Bréfritari: Sigríður Pálsdóttir
Viðtakandi: Páll Pálsson
Dagsetning: A-1870-xx-xx
Skrifað á: Breiðabólsstað  Rang.
Páll var bróðir Sigríðar

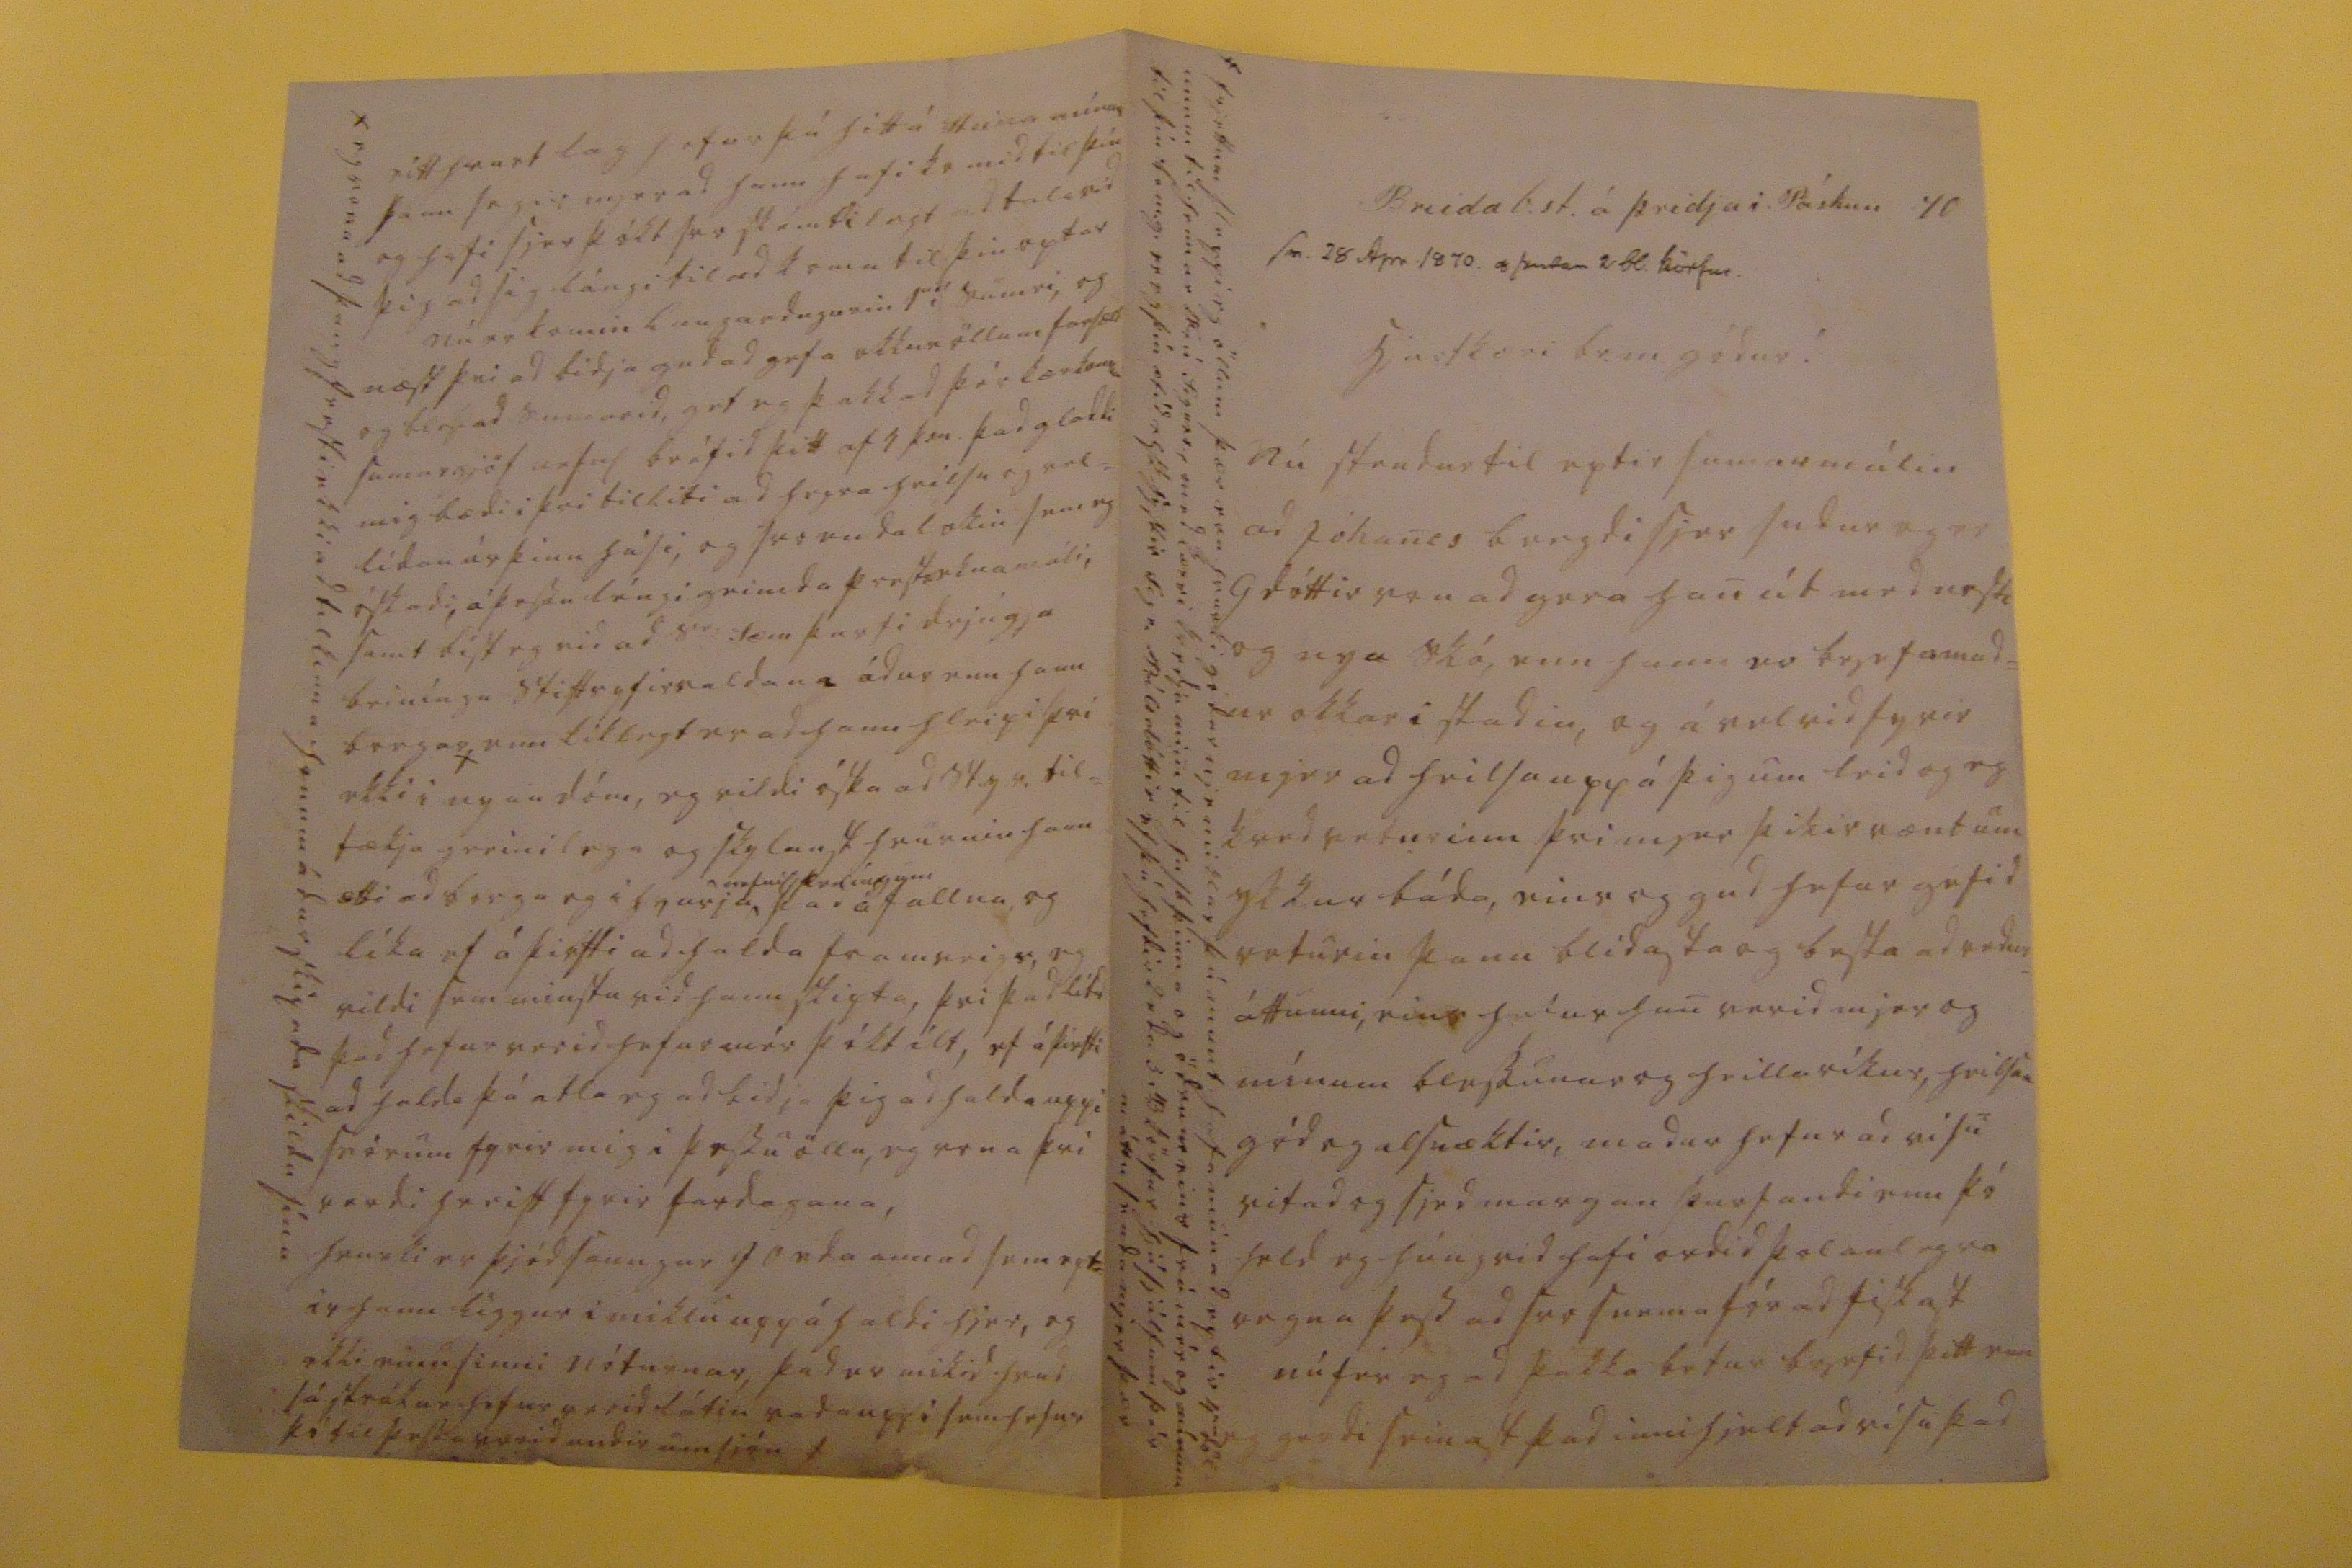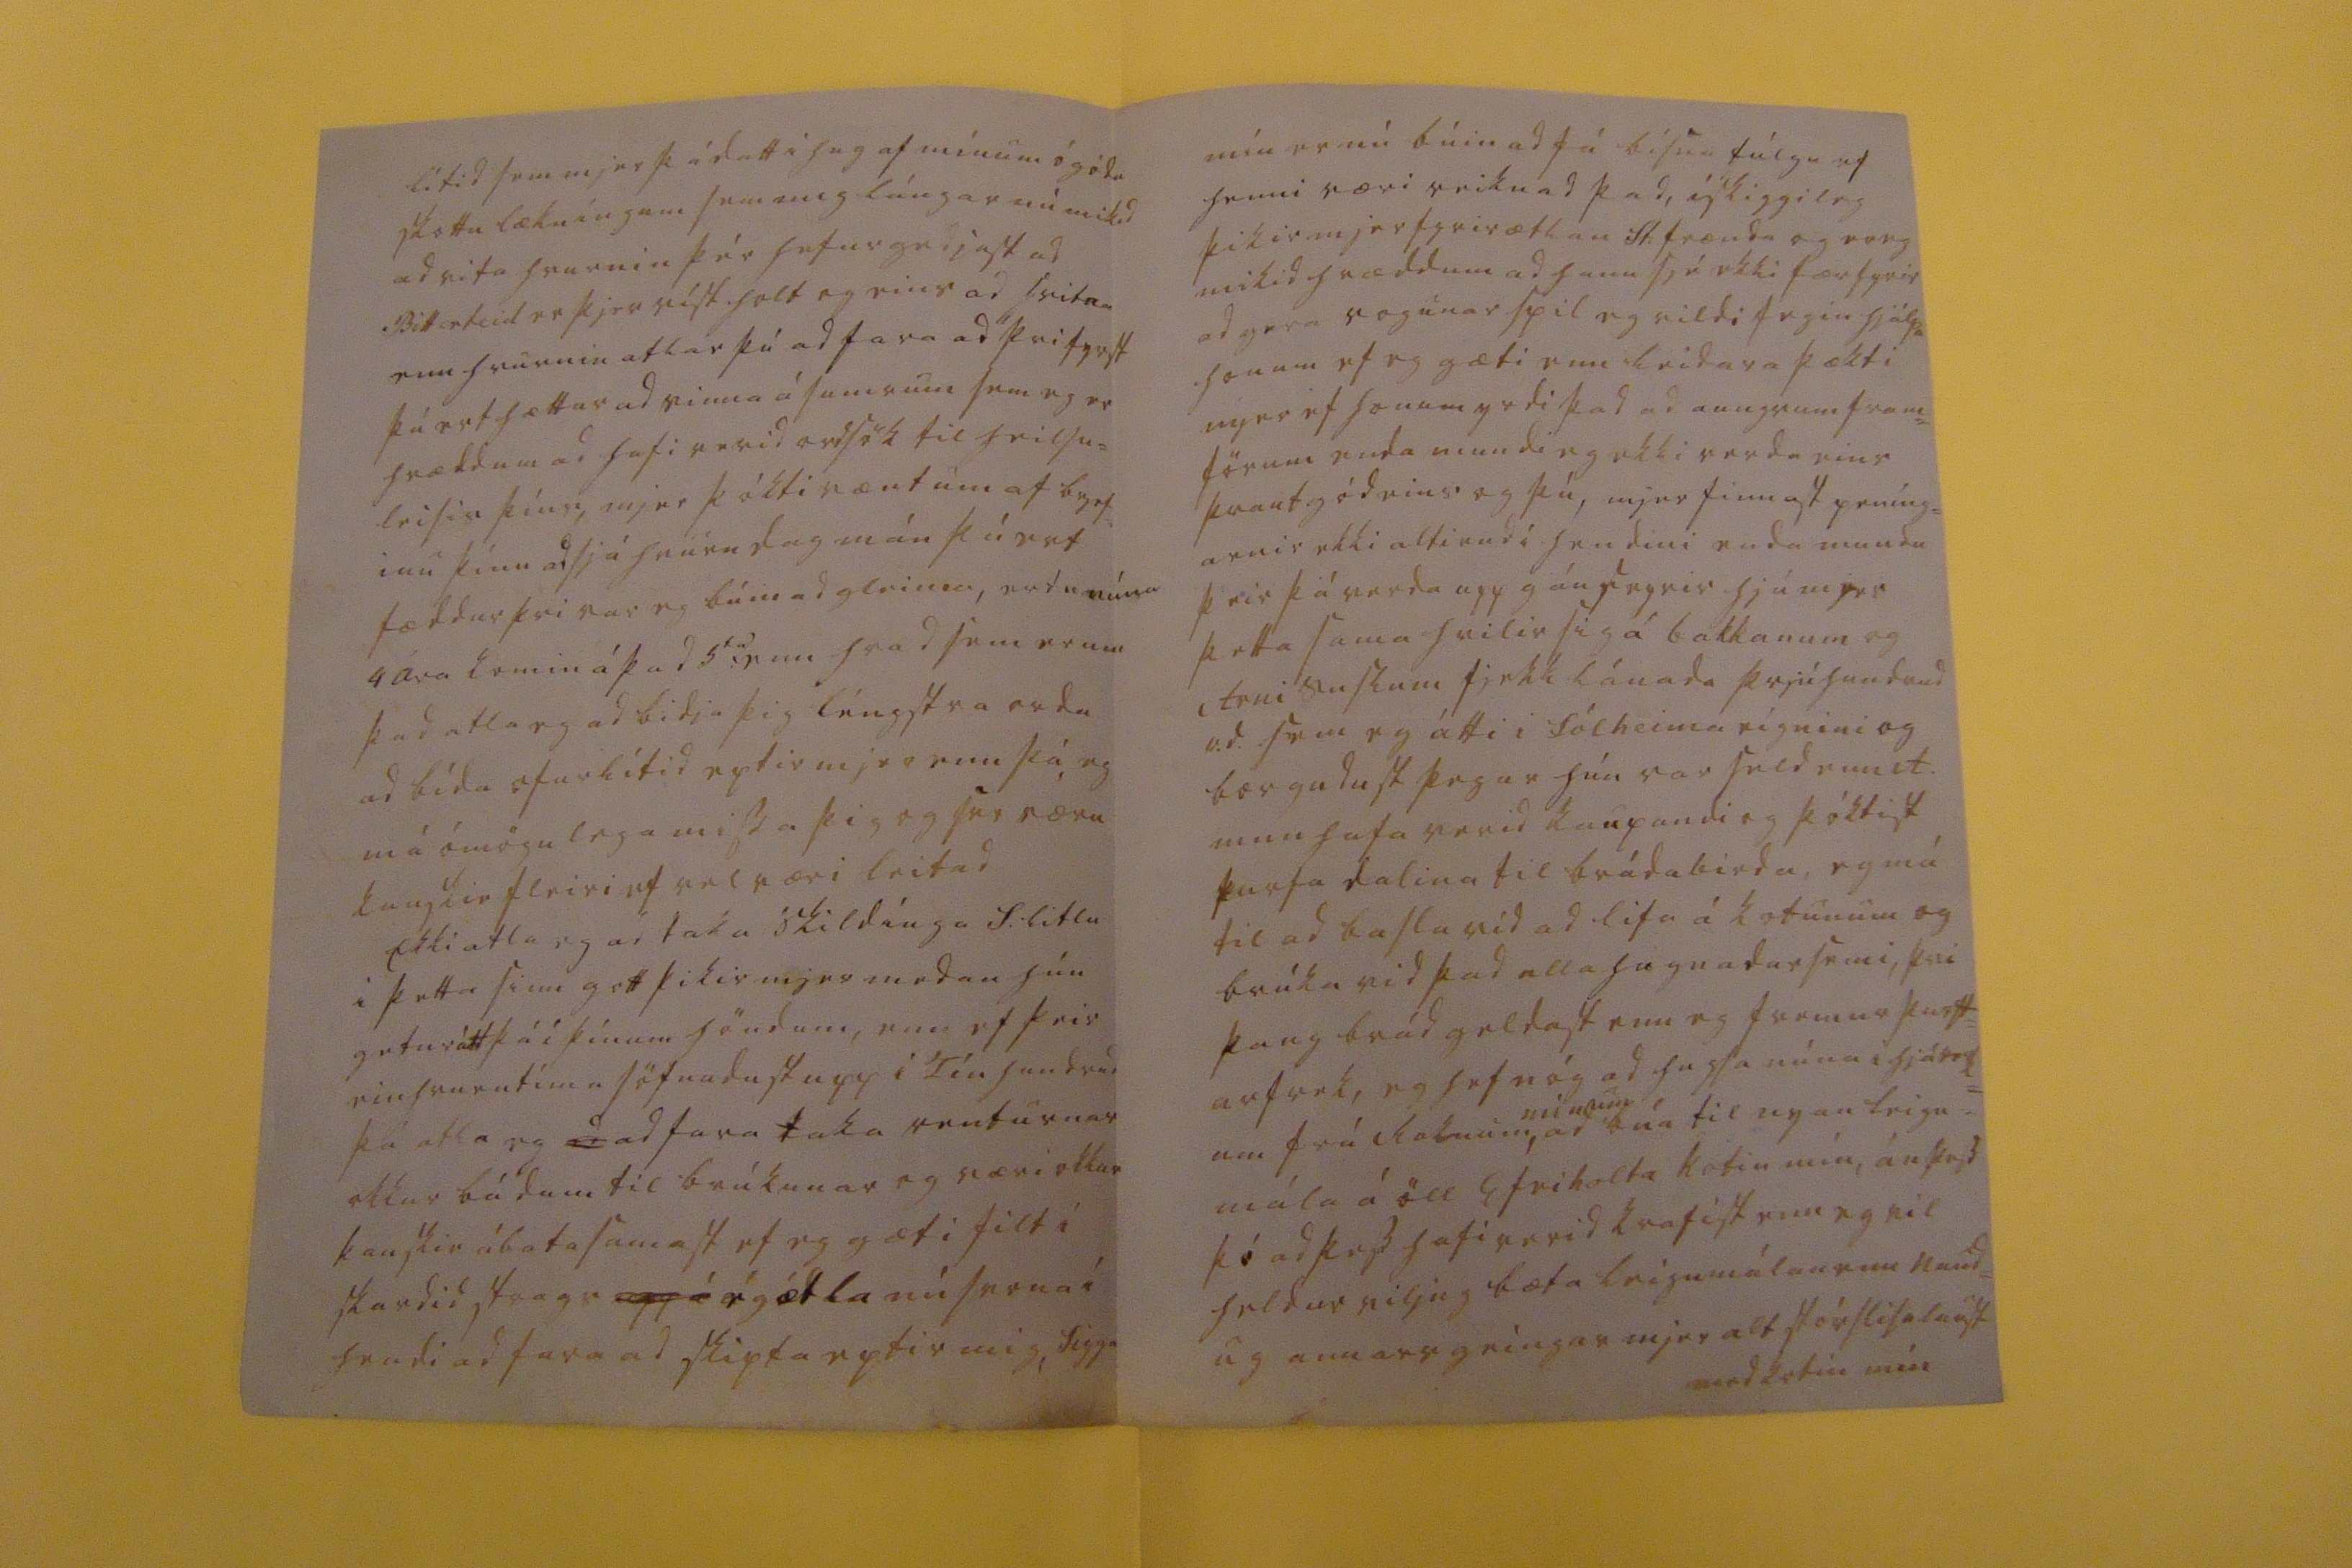

Breidab.st. á þridja i Páskum 70
sv. 28 Apr 1870 og sendar 2 bl. körfur
hjartkæri br. m. gódur!
Nú stendur til eptir sumarmálin ad Jóhanes bregdi sjer sudur og er G dóttir von ad gera han út med nesti og nya skó, enn hann er brjefamad= ur okkar i stadin, og á vel vid fyrir mjer ad heilsa upp á þig um leid og eg kved veturinn þvi mjer þikir vænt um ykkur báda, eins og gud hefur gefid veturin þann blídasta og besta ad vedur= áttunni, eins hefur han verid mjer og mínum blessunar og heilla ríkur, heilsan gód og alsnæktir, madur hefur ad vísu vitad og sjed margan þurfandi enn þó held eg húngrid hafi ordid þolanlegra vegna þess ad svo snema fór ad fiskast nú fer eg ad þakka betur brjefid þitt enn eg gerdi seinast þad innihjelt ad vísu þad
/ frjettum sleppi eg öllum þær eru hvurki gódar nje miklar þú munt hafa munad eptir 4um döl unum til hennar frú Sigurs, med kærri kvedju mini til husb þinna og ödrum eins frá mér og mínum til þín br m.g. er eg þín ætíd elsk systir Sigr. Pálsdóttir ef þú hefdir 2 eda 3 B körfur hjá sjálfum þér máttu senda mjer þær
lítid sem mjer þá datt i huga af mínum ógódu skottu lækníngum sem mig lángar nú mikid ad vita hvurnin þér hefur gedjast ad Bitterteid er þjer víst holt og eins ad svitna enn hvurnin atlar þú ad fara ad þvi fyrst þú ert hættur ad vinna á sumrum sem eg er hrædd um ad hafi verid ordsök til heilsu= leisis þíns, mjer þókti vænt um af brjef= inu þínu ad sjá hvurn dag mán þú ert fæddur þvi var eg búin ad gleima, ertu núna 4 ára komin á þad 5
ta?
enn hvad sem er um þad atla eg ad bidja þig léngstra ordu ad bída ofurlítid eptir mjer enn þá, eg má ómögulega missa þig og svo væru kanskie fleiri ef vel væri leitad Ekki atla eg ad taka skildínga S. litlu i þetta sinn gott þikir mjer medan hún getur átt þá í þínum höndum, enn ef þeir einhvurntíma söfnudust upp i Tíu hundrud þá atla eg
ad
ad fara taka renturnar okkur bádum til brúkunar og væri okkar kanskie ábata samast ef eg gæti filt i skardid strags
upp á
ég ætla nú svona í hradi ad fara ad skipta eptir mig, Sigga
mín er nú búin ad fá bísna fúlgu ef henni væri reiknad þad, ískiggileg þikir mjer fyrirætlan St. frænda og er eg mikid hræddum ad hann sjé ekki fær fyrir ad gera vogunar spil eg vildi fegin hjálpa honum ef eg gæti enn leidara þækti mjer ef honum yrdi þad ad aungvum fram= förum enda mundi eg ekki verda eins þrautgód eins og þú, mjer finnast peníng= arnir ekki altiend i hendini enda mundu þeir þá verda upp gánseyrir hjá mjer þetta sama hvilir sig á bakkanum og Arni suslum fjekk lánada þrjú hundrud r.d. sem eg átti i Sólheima eígnini og borgudust þegar hún var seld enn A. mun hafa verid kaupandi og þóktist þurfa dalina til brádabirda, eg má til ad basla vid ad lifa á kotunum og brúka vid þad alla hagnadarsemi, þvi þaug brád geldast enn eg fremur þurft= arfrek, eg hef nóg ad hugsa núna i hjáverk= um frá Roknum,
mínum
ad búa til nyan leigu= mála á öll Efriholta kotin mín, án þess þó ad þess hafi verid krafist enn eg vil heldur viljug bæta leigumálan enn naud= ug annars geingur mjer alt stórslisalaust med kotin mín
eitthvurt lag hefur þú hitt á Steina núna, hann segir mjer ad hann hafi komid til þín og hafi sjer þókt svo skémtilegt ad tala vid þig ad sig lángi til ad koma til þin optar nú er komin Laugardagurin 1
00
sumri, og næst þvi ad bidja gud ad gefa okkur öllum farsælt og blessad sumarid, get eg þakkad þér kærkomna sumargjöf nefnl bréfid þitt af 1 þ.m. þad gladdi mig bædi i þvi tilliti ad heyra heilsu og vel= lídan úr þinu húsi, og svo endalokin sem eg óskadi, á þessu léngi geimda prestseknamáli, samt bíst eg vid ad S
er
Sæm þurfi drjúgja beiníngu Stiftsyfirvaldana ádur enn hann borgar x enn líklegt er ad hann hleipi þvi ekki i nyan dóm, eg vildi óska ad St.y.v. til= tækju greinilega og skylaust hvurnin hann ætti ad borga og i hvurju
nefnil peníngum
þar áfallna og líka ef á þirfti ad halda framveigs, eg vildi sem minsta vid hann skipta, þvi þad lítid þad hefur verid hefur mér þókt ilt, ef á þirfti ad halda þá atla eg ad bidja þig ad halda uppi svörum fyrir mig i þessu öllu, eg vona þvi verdi hreift fyrir fardagana hvurki er þjódsaungur
Jonda
annad sem ept= ir hann liggur i miklu uppáhaldi hjer, og ekki einu sinni, nóturnar, þad er mikid hvad sá strákur hefur verid látin vada uppi sem hefur þó til þessa verid undir umsjón/
x eg vona ad þaug fresti ekki ad tilkinna honum ádur skipada skildu sína
þin ætíd elsk syst
Sigr. Pálsdóttir